Annual report of the Imperial Bacteriological Laboratory, Muktesar
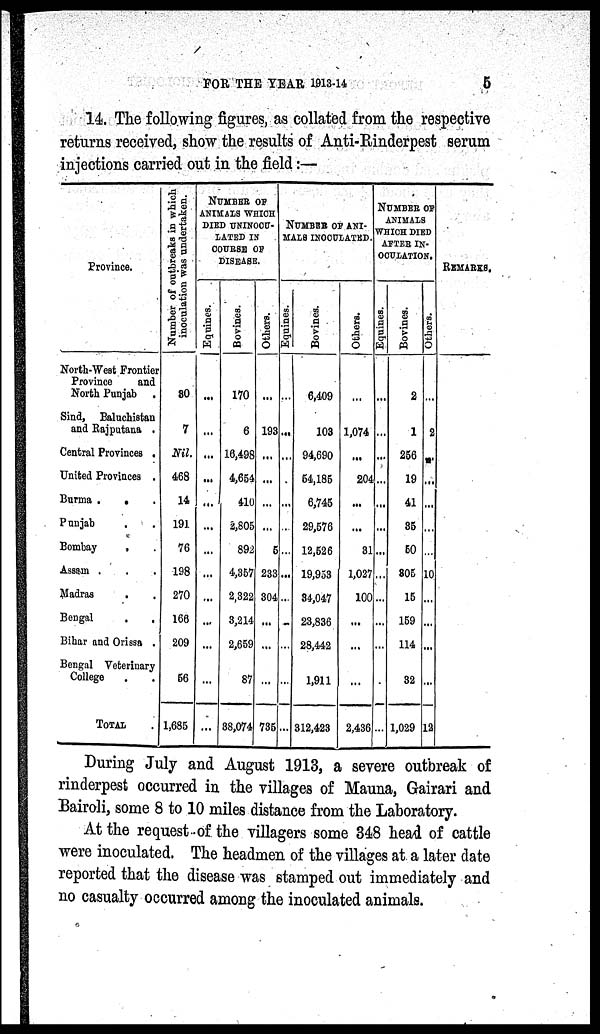
FOR THE YEAR 1913-14
5
14. The following figures, as collated from the respective
returns received, show the results of Anti-Rinderpest serum
injections carried out in the field:—
Province.
North-West Frontier
Province
and
North Punjab .
Sind, Baluchistan
and Rajputana .
Central Provinces .
United Provinces .
Burma . . .
Punjab . .
Bombay
. .
Assam . . .
Madras . .
Bengal
.
.
Bihar and Orissa .
Bengal Veterinary
College . .
TOTAL
Nu mb e
r of o u t b r e a k s in which,
inoculation was undertaken.
30
7
Nil.
468
14
191
76
198
270
166
209
56
1,685
NUMBER OF
ANIMALS WHICH
DIED UNINOCU¬
LATED IN
COURSE OF
DISEASE.
Equines.
...
...
...
....
...
...
...
...
...
...
...
...
...
Bovines.
170
6
16,498
4,654
410
2,805
892
4,357
2,322
3,214
2,659
87
38,074
Others.
...
193
...
...
...
...
5
233
304
...
...
...
735
NUMBER OF ANI-
MALS INOCULATED.
Equi nes .
...
...
...
...
...
...
...
...
...
...
...
...
Bovi ne s .
6,409
103
94,690
54,185
6,745
29,576
12,526
19,953
34,047
23,836
28,442
1,911
312,423
Others.
...
1,074
...
204
...
...
31
1,027
100
...
...
...
2,436
NUMBER OF
ANIMALS
WHICH DIED
AFTER IN-
OCULATION.
Equines.
...
...
...
...
...
...
...
...
...
...
...
...
...
Bovines.
2
1
256
19
41
35
50
305
15
159
114
32
1,029
Others.
...
2
...
...
...
...
...
10
...
...
...
...
12
REMARKS.
During July and August 1913, a severe outbreak of
rinderpest occurred in the villages of Mauna, Gairari and
Bairoli, some 8 to 10 miles distance from the Laboratory.
At the request of the villagers some 348 head of cattle
were inoculated. The headmen of the villages at a later date
reported that the disease was stamped out immediately and
no casualty occurred among the inoculated animals.